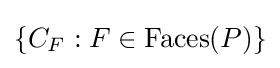
\{C_{F}:F\in {\textrm {Faces}}(P)\}